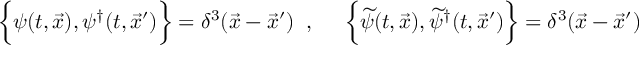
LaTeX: \left\{ \psi ( t , \vec { x } ) , \vphantom { \int } \psi ^ { \dagger } ( t , \vec { x } ^ { \prime } ) \right\} = \delta ^ { 3 } ( \vec { x } - \vec { x } ^ { \prime } ) \; \; , \; \; \; \; \; \left\{ \widetilde { \psi } ( t , \vec { x } ) , \vphantom { \int } \widetilde { \psi } ^ { \dagger } ( t , \vec { x } ^ { \prime } ) \right\} = \delta ^ { 3 } ( \vec { x } - \vec { x } ^ { \prime } ) \;